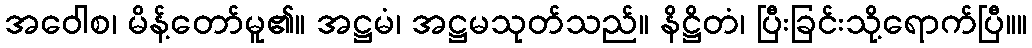
အဝေါစ၊ မိန့်တော်မူ၏။ အဋ္ဌမံ၊ အဋ္ဌမသုတ်သည်။ နိဋ္ဌိတံ၊ ပြီးခြင်းသို့ရောက်ပြီ။။